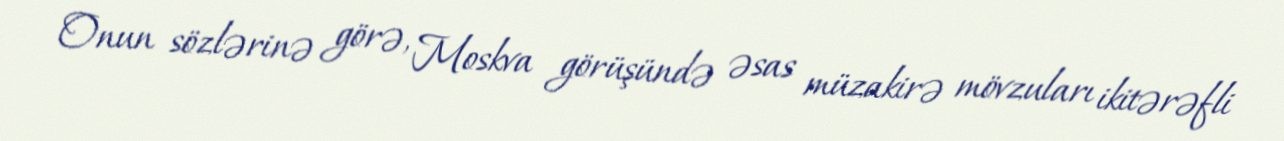
Onun sözlərinə görə, Moskva görüşündə əsas müzakirə mövzuları ikitərəfli